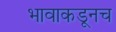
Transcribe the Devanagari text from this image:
भावाकडूनच